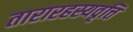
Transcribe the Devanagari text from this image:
तारारहस्यवृत्ति